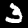
Label: 3